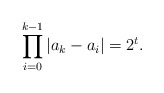
\begin{align*}\prod_{i=0}^{k-1}|a_{k}-a_{i}|=2^{t}.\end{align*}